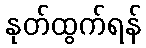
နုတ်ထွက်ရန်